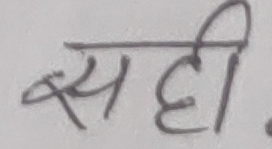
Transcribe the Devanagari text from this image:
सही